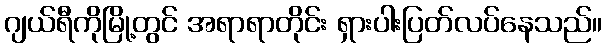
ဂျယ်ရီကိုမြို့တွင် အရာရာတိုင်း ရှားပါးပြတ်လပ်နေသည်။